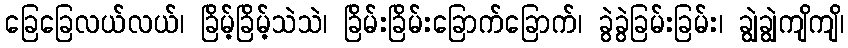
ခြေခြေလယ်လယ်၊ ခြိမ့်ခြိမ့်သဲသဲ၊ ခြိမ်းခြိမ်းခြောက်ခြောက်၊ ခွဲခွဲခြမ်းခြမ်း၊ ချွဲချွဲကျိကျိ၊